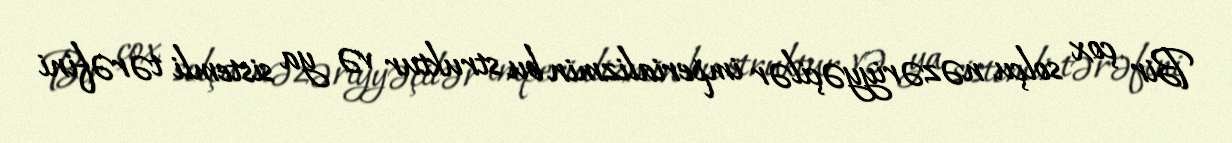
Bir çox solçu nəzəriyyəçilər imperializmin bu struktur və ya sistemli tərəfini